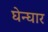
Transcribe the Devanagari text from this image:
घेन्घार